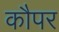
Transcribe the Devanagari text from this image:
कौपर